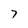
Character: 7